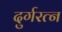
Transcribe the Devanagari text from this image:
दुर्गरत्‍न